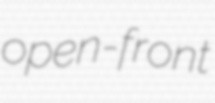
open-front